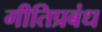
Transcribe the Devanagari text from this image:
गीतिप्रबंध